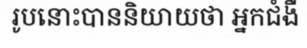
រូបនោះបាននិយាយថា អ្នកជំងឺ